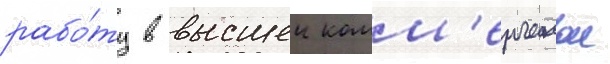
рабо́ту в высшеи комм'ерческои